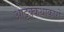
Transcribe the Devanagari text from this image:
आट्टक्कथाकारों